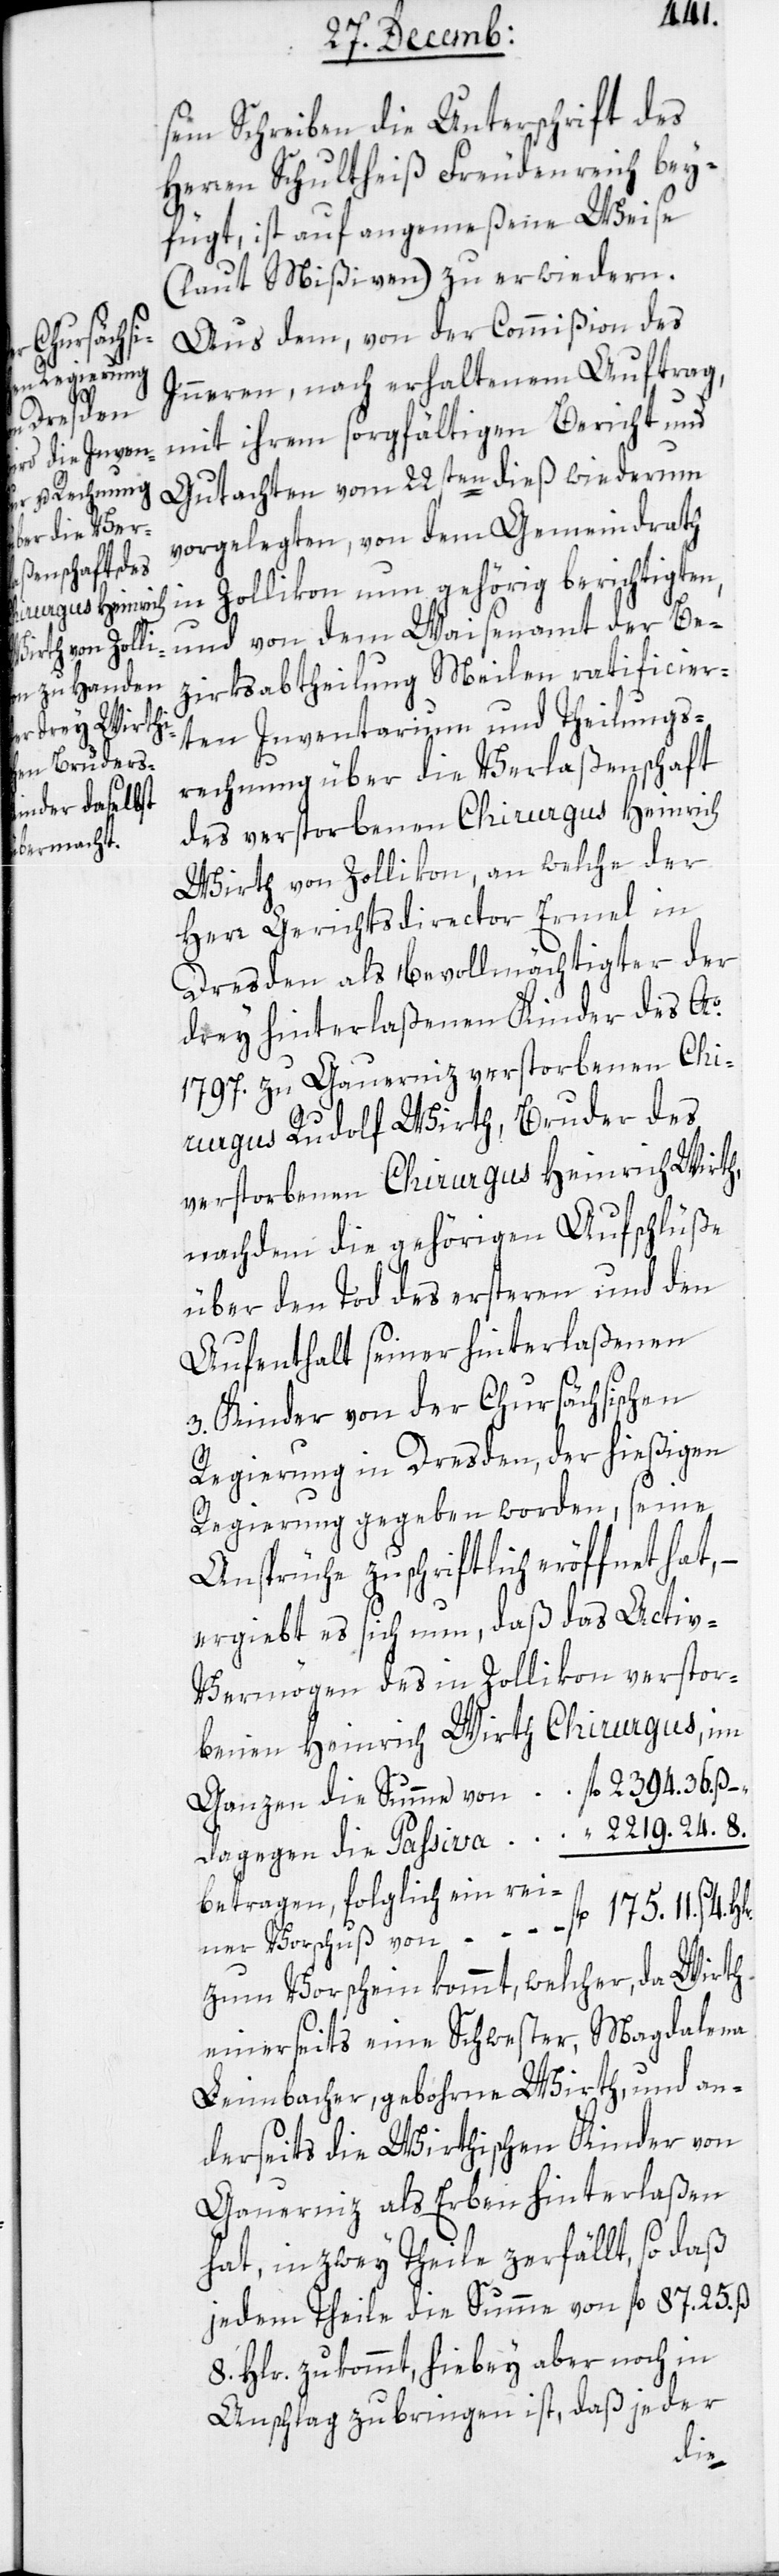
sem Schreiben die Unterschrift des
Herren Schultheiß Freudenreich bey¬
fügt, ist auf angemeßene Weise
(laut Mißiven) zu erwidern.
Aus dem, von der Commißion des
Inneren nach erhaltenem Auftrag,
mit ihrem sorgfältigen Bericht und
Gutachten vom 22sten dieß wiederum
vorgelegten, von dem Gemeindrath
in Zollikon nun gehörig berichtigten,
und von dem Waisenamt der Be¬
zirksabtheilung Meilen ratificier¬
ten Inventarium und Theilungs¬
rechnung über die Verlaßenschaft
des verstorbenen Chirurgus Heinrich
Wirth von Zollikon, an welche der
Herr Gerichtsdirector Ermel in
Dresden als Bevollmächtigter der
drey hinterlaßenen Kinder des Ao.
1797. zu Gauernitz verstorbenen Chi¬
rurgus Rudolf Wirth, Bruder des
verstorbenen Chirurgus Heinrich Wirth,
nachdem die gehörigen Aufschlüße
über den Tod des ersteren und den
Aufenthalt seiner hinterlaßenen
3. Kinder von der Chursächsischen
Regierung in Dresden, der hießigen
Regierung gegeben worden, seine
Ansprüche zuschriftlich eröffnet hat, –
ergiebt es sich nun, daß das Acti¬
v-Vermögen des in Zollikon verstor¬
benen Heinrich Wirth, Chirurgus, im
Ganzen die Summe von fl. 2394. 36. ß –.
dagegen die Paßiva	“ 2219. 24. 8.
betragen, folglich ein rei¬
ner Vorschuß von	fl. 175. 11. ß 4. Hlr.
zum Vorschein kommt, welcher, da Wirth
einerseits eine Schwester, Magdalena
Leimbacher, geborene Wirth, und an¬
derseits die Wirthischen Kinder von
Gauernitz als Erben hinterlaßen
hat, in zwey Teile zerfällt, so daß
jedem Teile die Summe von fl. 87. 25. ß
8. Hlr. zukommt, hiebei aber noch in
Anschlag zu bringen ist, daß jeder